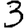
Digit: 3